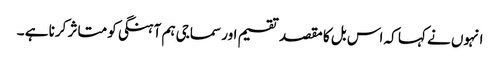
انہوں نے کہا کہ اس بل کا مقصد تقسیم اور سماجی ہم آہنگی کو متاثر کرنا ہے ۔